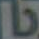
b